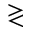
\gtrless